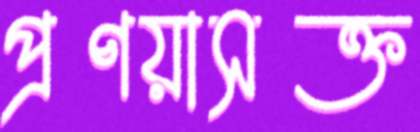
প্রণয়াসক্ত